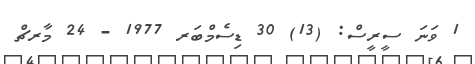
1 ވަނަ ސީރީސް: (13) 30 ޑިސެމްބަރ 1977 - 24 މާރޗް